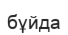
бұйда